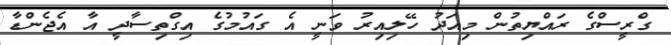
ގްރީސްގެ ރައްޔިތުން މިއަދު ހޭލިއިރު ވަނީ އެ ގައުމުގެ އިގްތިސާދީ އާ އެޖެންޑާ